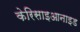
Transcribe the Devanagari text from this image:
केरिसाइआनाइड